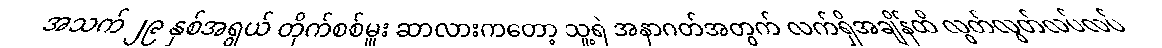
အသက် ၂၉ နှစ်အရွယ် တိုက်စစ်မှူး ဆာလားကတော့ သူ့ရဲ အနာဂတ်အတွက် လက်ရှိအချိန်ထိ လွတ်လွတ်လပ်လပ်